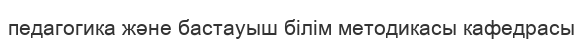
педагогика және бастауыш білім методикасы кафедрасы